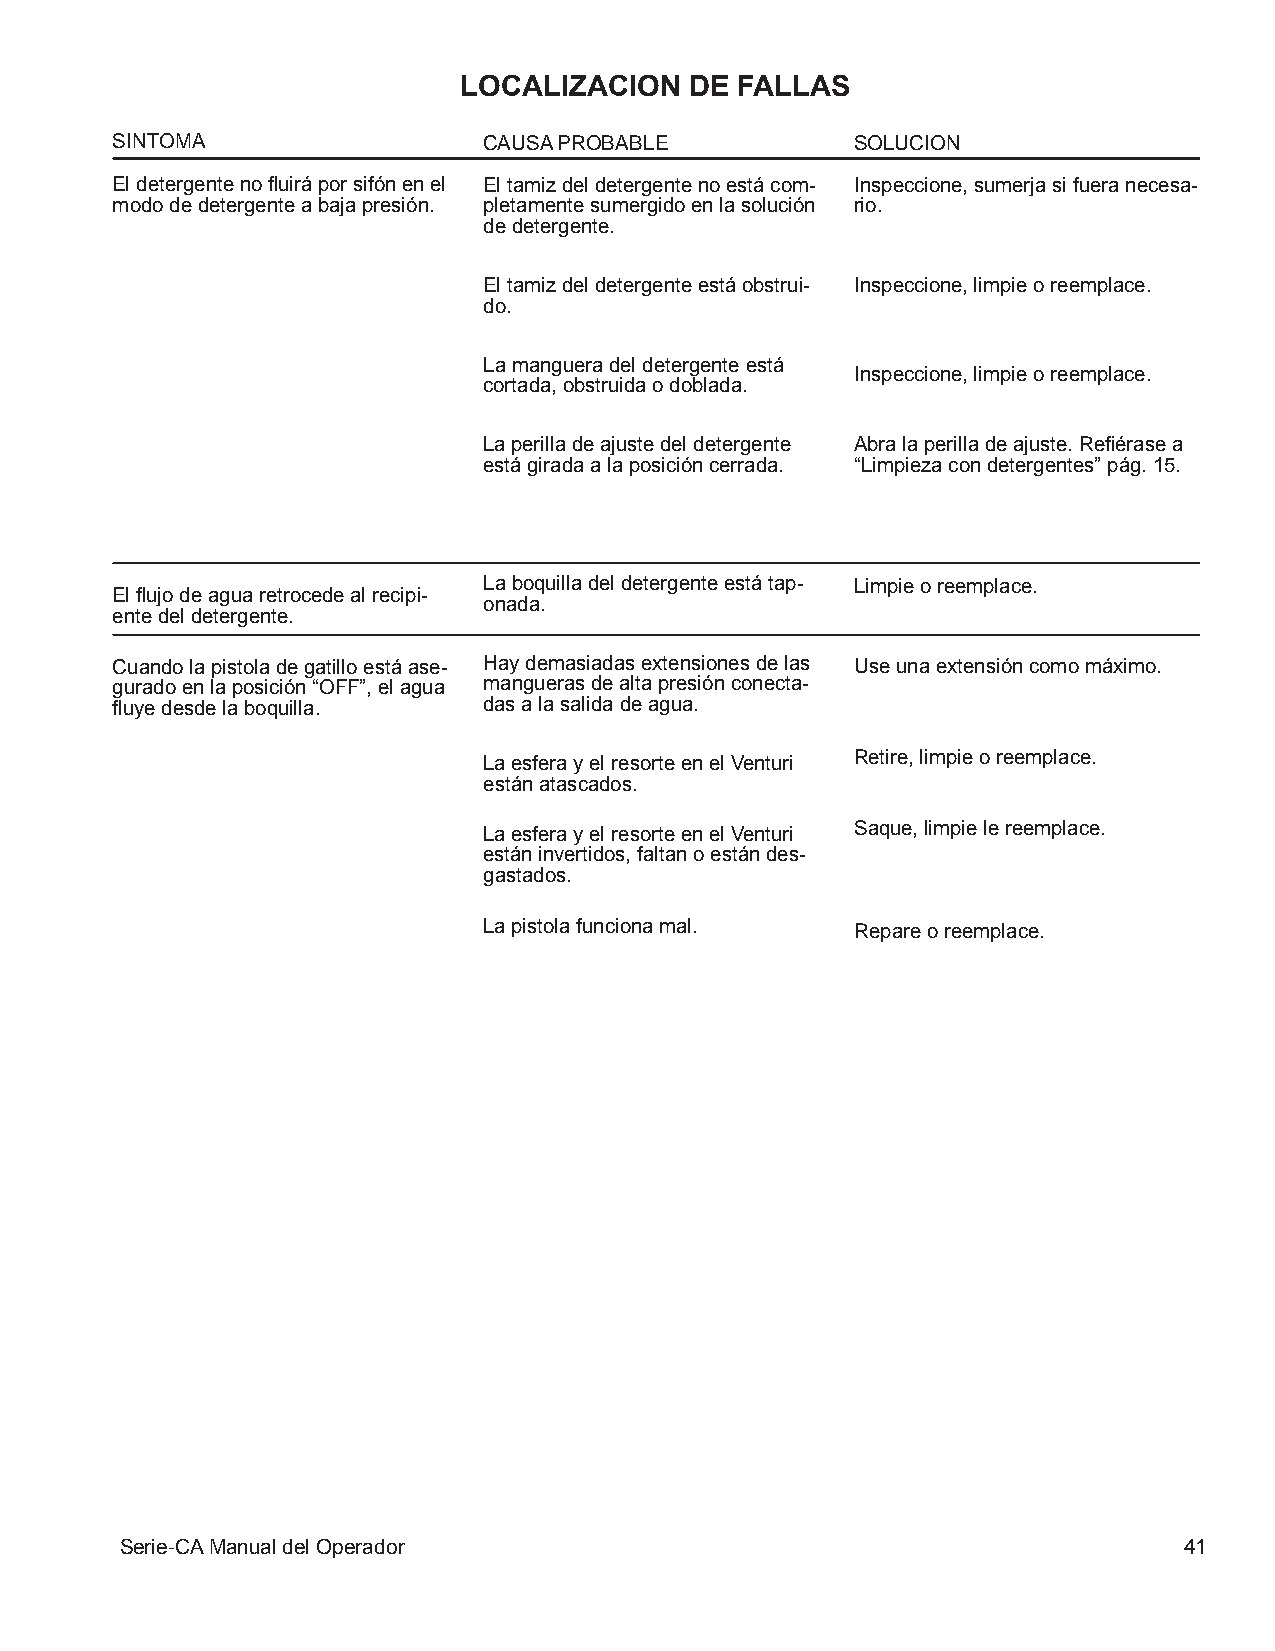
LOCALIZACION    DE FALLAS
 SINTOMA                  CAUSA PROBABLE           SOLUCION
 El detergente no fluirá por sifón en el El tamiz del detergente no está com- Inspeccione, sumerja si fuera necesa-
 modo de detergente a baja presión. pletamente sumergido en la solución rio.
 de detergente.
 El tamiz del detergente está obstrui- Inspeccione, limpie o reemplace.
 do.
 La manguera del detergente está
 Inspeccione, limpie o reemplace.
 cortada, obstruida o doblada.
 La perilla de ajuste del detergente Abra la perilla de ajuste. Refiérase a
 está girada a la posición cerrada. “Limpieza con detergentes” pág. 15.
 La boquilla del detergente está tap- Limpie o reemplace.
 El flujo de agua retrocede al recipi-
 onada.
 ente del detergente.
 Cuando la pistola de gatillo está ase- Hay demasiadas extensiones de las Use una extensión como máximo.
 gurado en la posición “OFF”, el agua mangueras de alta presión conecta-
 fluye desde la boquilla. das a la salida de agua.
 La esfera y el resorte en el Venturi Retire, limpie o reemplace.
 están atascados.
 La esfera y el resorte en el Venturi Saque, limpie le reemplace.
 están invertidos, faltan o están des-
 gastados.
 La pistola funciona mal. Repare o reemplace.
 Serie-CA Manual del Operador                                          41